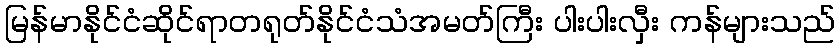
မြန်မာနိုင်ငံဆိုင်ရာတရုတ်နိုင်ငံသံအမတ်ကြီး ပါးပါးလှီး ကန်များသည်